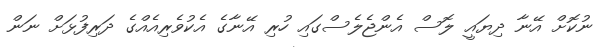
ނުކޮށް އޭނާ ދިޔައީ ލޮސް އެންޖެލެސްގައި ހުރި އޭނާގެ އެކުވެރިއެއްގެ ދަރިފުޅަށް ނަން